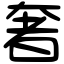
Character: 奢